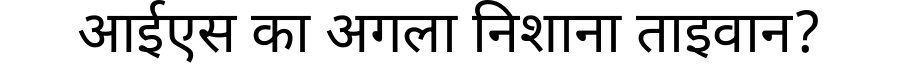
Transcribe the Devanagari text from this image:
आईएस का अगला निशाना ताइवान?